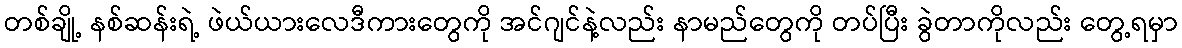
တစ်ချို့ နစ်ဆန်းရဲ့ ဖဲယ်ယားလေဒီကားတွေကို အင်ဂျင်နဲ့လည်း နာမည်တွေကို တပ်ပြီး ခွဲတာကိုလည်း တွေ့ရမှာ